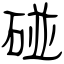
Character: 碰